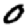
Digit: 0